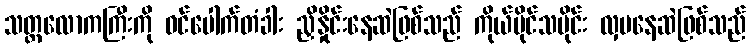
သတ္တလောကကြီးကို ဝင်ပေါက်တံခါး ညှိနှိုင်းနေဆဲဖြစ်သည် ကိုယ်ပိုင်သမိုင်း လှပနေဆဲဖြစ်သည်